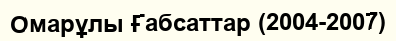
Омарұлы Ғабсаттар (2004-2007)